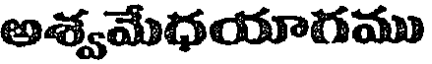
అశ్వమేధయాగము